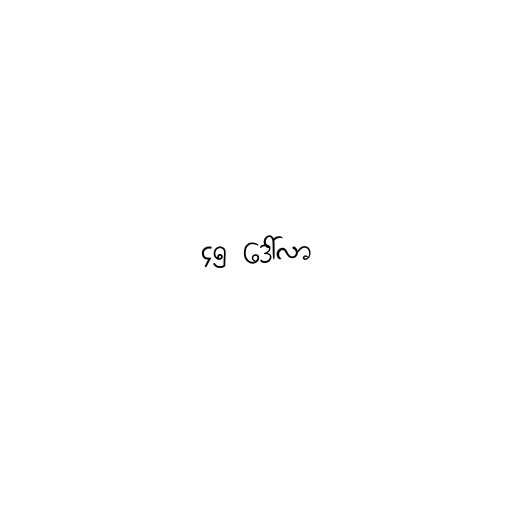
၄၅ ဒေါ်လာ